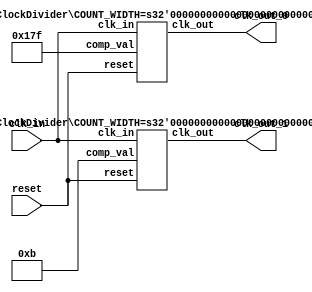
`timescale 1ns / 1ps

//////////////////////////////////////////////////////////////////////////////////

module ClockGenerator
(
   input  clk_in,
   input  reset,
   output clk_out_0,  // LRCLK
   output clk_out_1   // SCLK
);

   localparam [8:0] comp_val_0 = 9'd383;
   localparam [3:0] comp_val_1 = 4'd11;

   // I2S Left-Right Clock Divider
   ClockDivider #( .COUNT_WIDTH(9) ) clk_div_0	
	(
      .clk_in   (clk_in),
      .reset    (reset),
      .comp_val (comp_val_0),
      .clk_out  (clk_out_0)
   );

   // I2S Serial Clock Divider
   ClockDivider #( .COUNT_WIDTH(4) ) clk_div_1
	(
      .clk_in   (clk_in),
      .reset    (reset),
      .comp_val (comp_val_1),
      .clk_out  (clk_out_1)
   );

endmodule // ClockGenerator

//////////////////////////////////////////////////////////////////////////////////

module ClockDivider
#(
	parameter COUNT_WIDTH = 9
)
(
   input                       clk_in,
   input                       reset,
   input [COUNT_WIDTH - 1 : 0] comp_val,
   output reg                  clk_out
);

   reg [COUNT_WIDTH - 1 : 0] div_count;

   always @(posedge clk_in) begin
      if (reset) begin
         div_count <= 0;
         clk_out   <= 0;
      end
      else if (div_count < comp_val) begin
         div_count <= div_count + 1'b1;
         clk_out   <= clk_out;
      end
      else begin
         div_count <= 0;
         clk_out   <= ~clk_out;
      end
   end

endmodule // ClockDivider

//////////////////////////////////////////////////////////////////////////////////